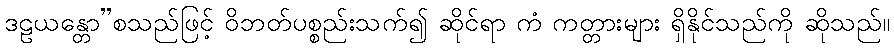
ဒဠယန္တော”စသည်ဖြင့် ဝိဘတ်ပစ္စည်းသက်၍ ဆိုင်ရာ ကံ ကတ္တားများ ရှိနိုင်သည်ကို ဆိုသည်။